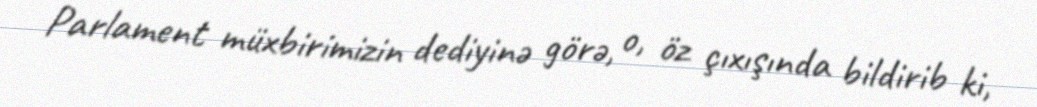
Parlament müxbirimizin dediyinə görə, o, öz çıxışında bildirib ki,